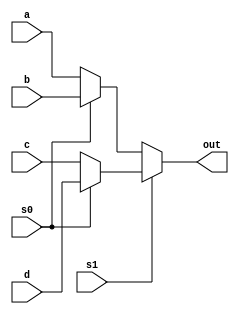
module fourtooneMux(output reg [31:0] out, input wire [31:0] a, b, c, d, input wire s0, s1);
		always @(*)
			begin
				out = s1 ? (s0 ? d : c) : (s0 ? b : a);
			end
endmodule